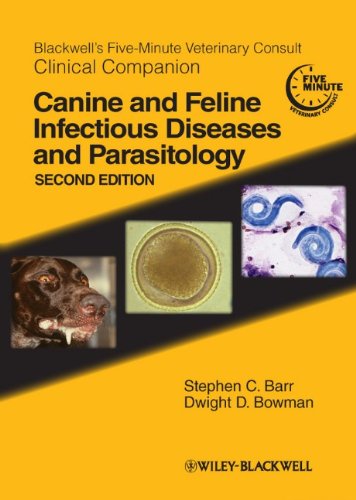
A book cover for Blackwell's Five-Minute Veterinary Consult Clinical Companion: Canine and Feline Infectious Diseases and Parasitology; Medical Books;